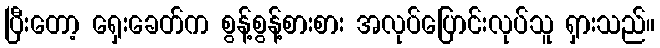
ပြီးတော့ ရှေးခေတ်က စွန့်စွန့်စားစား အလုပ်ပြောင်းလုပ်သူ ရှားသည်။